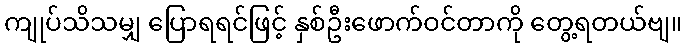
ကျုပ်သိသမျှ ပြောရရင်ဖြင့် နှစ်ဦးဖောက်ဝင်တာကို တွေ့ရတယ်ဗျ။